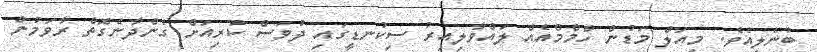
ބުނެލިއެވެ. މިއަލް މަޑުން ހްމްމްއެއް ލައްވާލިއިރު ސިކުނޑީގައި ދުވަސް ކުރިއަށް ގެންދާނެގޮތް ރާވަމުން